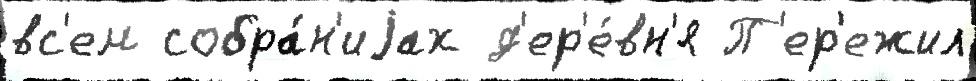
вс'ем собра́н'иjах д'ер'е́вн'я П'ер'ежил